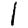
Digit: 1